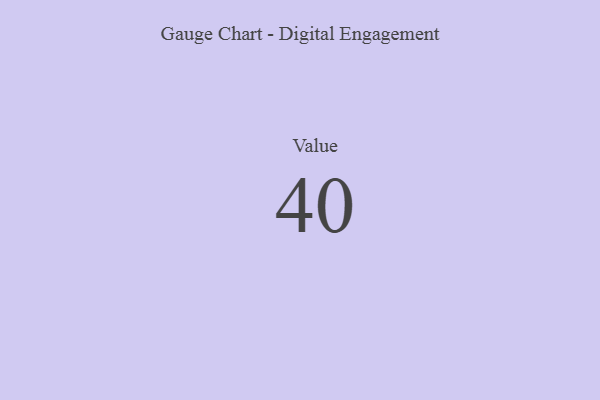
{"axis": {"x": "Metric", "y": "Value"}, "legend": [""], "data": [{"x": "Value", "y": 40, "type": ""}]}